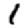
Digit: 1